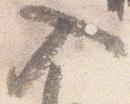
入